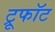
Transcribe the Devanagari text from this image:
ट्रूफॉट